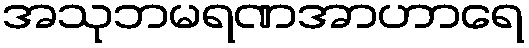
အသုဘမရဏအာဟာရေ